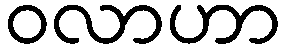
ဝလာဟာ